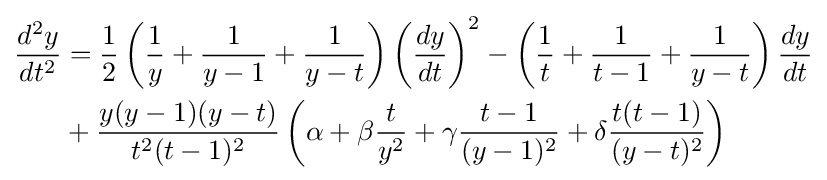
{\begin{aligned}{\frac {d^{2}y}{dt^{2}}}&={\frac {1}{2}}\left({\frac {1}{y}}+{\frac {1}{y-1}}+{\frac {1}{y-t}}\right)\left({\frac {dy}{dt}}\right)^{2}-\left({\frac {1}{t}}+{\frac {1}{t-1}}+{\frac {1}{y-t}}\right){\frac {dy}{dt}}\\&+{\frac {y(y-1)(y-t)}{t^{2}(t-1)^{2}}}\left(\alpha +\beta {\frac {t}{y^{2}}}+\gamma {\frac {t-1}{(y-1)^{2}}}+\delta {\frac {t(t-1)}{(y-t)^{2}}}\right)\\\end{aligned}}